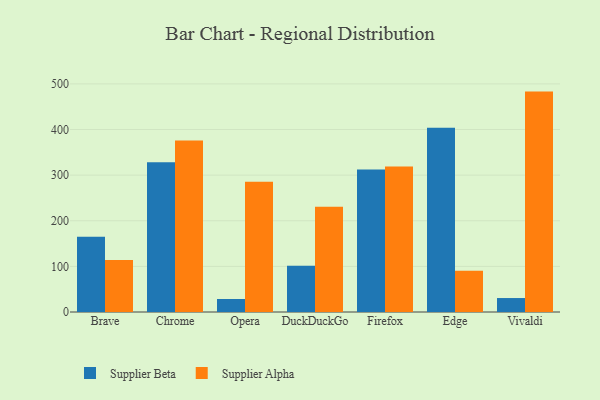
{"axis": {"x": "Browser", "y": "Satisfaction Score"}, "legend": ["Supplier Alpha", "Supplier Beta"], "data": [{"x": "Brave", "y": 165.2, "type": "Supplier Beta"}, {"x": "Brave", "y": 113.9, "type": "Supplier Alpha"}, {"x": "Chrome", "y": 328.0, "type": "Supplier Beta"}, {"x": "Chrome", "y": 375.8, "type": "Supplier Alpha"}, {"x": "Opera", "y": 28.5, "type": "Supplier Beta"}, {"x": "Opera", "y": 285.7, "type": "Supplier Alpha"}, {"x": "DuckDuckGo", "y": 101.4, "type": "Supplier Beta"}, {"x": "DuckDuckGo", "y": 230.7, "type": "Supplier Alpha"}, {"x": "Firefox", "y": 312.5, "type": "Supplier Beta"}, {"x": "Firefox", "y": 318.9, "type": "Supplier Alpha"}, {"x": "Edge", "y": 403.9, "type": "Supplier Beta"}, {"x": "Edge", "y": 90.6, "type": "Supplier Alpha"}, {"x": "Vivaldi", "y": 30.6, "type": "Supplier Beta"}, {"x": "Vivaldi", "y": 483.1, "type": "Supplier Alpha"}]}